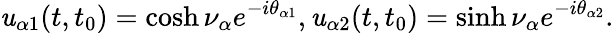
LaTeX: \mathit{u}_{\alpha1}(t,t_{0})=\cosh\nu_{\alpha}e^{-i\theta_{\alpha1}},\mathit{u}_{\alpha2}(t,t_{0})=\sinh\nu_{\alpha}e^{-i\theta_{\alpha2}}.